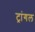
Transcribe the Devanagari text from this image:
ट्रांगल